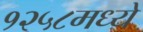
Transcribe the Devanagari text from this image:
१२५८मध्ये